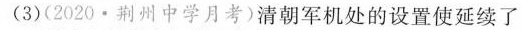
(3)(2020·荆州中学月考)清朝军机处的设置使延续了